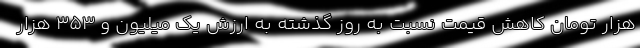
هزار تومان کاهش قیمت نسبت به روز گذشته به ارزش یک میلیون و ۳۵۳ هزار